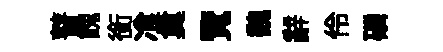
瞽餽銜飡奠覽魏辭伶磷